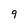
Character: 9